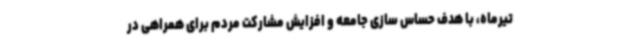
تیرماه، با هدف حساس سازی جامعه و افزایش مشارکت مردم برای همراهی در